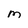
Character: M